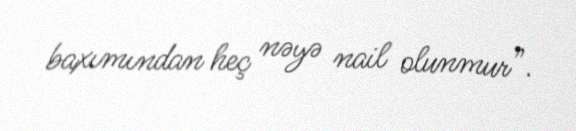
baxımından heç nəyə nail olunmur”.